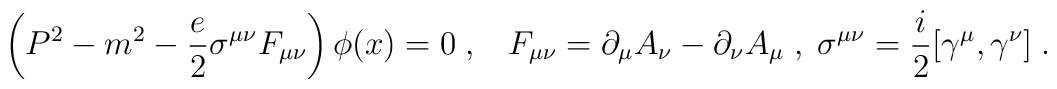
\left(P^2-m^2 -\frac{e}{2}\sigma^{\mu\nu} F_{\mu\nu} \right)\phi(x)=0\;,\;\;\;F_{\mu\nu}=\partial_{\mu} A_{\nu} -\partial_{\nu} A_{\mu}\;,\;\sigma^{\mu\nu}=\frac{i}{2}[\gamma^{\mu},\gamma^{\nu}]\;.